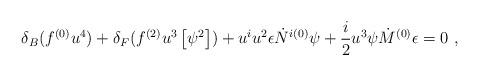
LaTeX: \begin{align*}\delta_B ( f^{(0)} u^4 ) + \delta_F ( f^{(2)} u^3 \left[ \psi^2 \right] )+ u^i u^2 \epsilon \dot{N}^{i(0)} \psi+ \frac{i}{2} u^3 \psi \dot{M}^{(0)} \epsilon=0 ~,\end{align*}